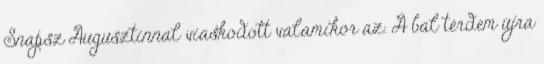
Snapsz Augusztinnal viaskodott valamikor az. A bal térdem újra